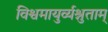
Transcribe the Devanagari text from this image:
विश्वमायुर्व्यश्नुताम्‌